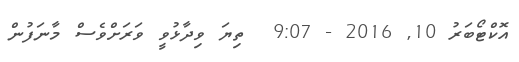
އޮކްޓޯބަރު 10